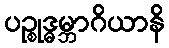
ပဉ္စုဒ္ဓမ္ဘာဂိယာနိ